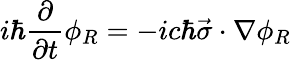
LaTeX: i\hbar\frac{\partial}{\partial t}\phi_{R}=-ic\hbar\vec{\sigma}\cdot\nabla\phi_{R}